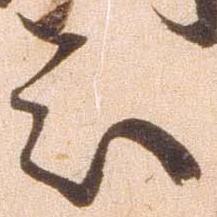
被